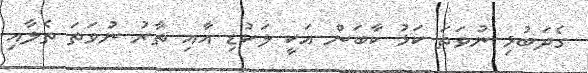
ގެދަބުޅި ނުވަތަ ކަޅު ކާބަން އަކީ ލަކުޑި އާއި ތާރު ނުވަތަ ތެލާއި